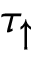
\tau _ { \uparrow }